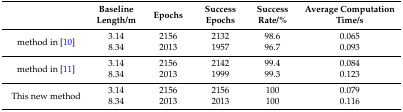
<table><thead><tr><td></td><td><b>Baseline Length/m</b></td><td><b>Epochs</b></td><td><b>Success Epochs</b></td><td><b>Success Rate/%</b></td><td><b>Average Computation Time/s</b></td></tr></thead><tbody><tr><td rowspan="2">method in [10]</td><td>3.14</td><td>2156</td><td>2132</td><td>98.6</td><td>0.065</td></tr><tr><td>8.34</td><td>2013</td><td>1957</td><td>96.7</td><td>0.093</td></tr><tr><td rowspan="2">method in [11]</td><td>3.14</td><td>2156</td><td>2142</td><td>99.4</td><td>0.084</td></tr><tr><td>8.34</td><td>2013</td><td>1999</td><td>99.3</td><td>0.123</td></tr><tr><td rowspan="2">This new method</td><td>3.14</td><td>2156</td><td>2156</td><td>100</td><td>0.079</td></tr><tr><td>8.34</td><td>2013</td><td>2013</td><td>100</td><td>0.116</td></tr></tbody></table>